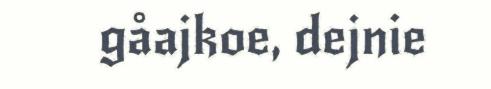
gåajkoe, dejnie